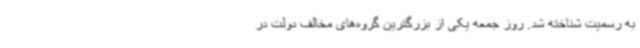
به رسمیت شناخته شد. روز جمعه یکی از بزرگترین گروه‌های مخالف دولت در